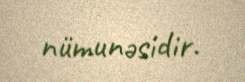
nümunəsidir.